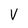
Character: V